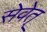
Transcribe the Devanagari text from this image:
सेवेत्